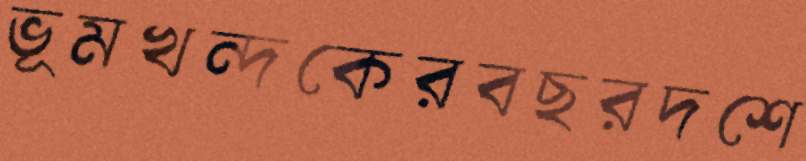
ভূমখন্দকেরবছরদশে